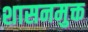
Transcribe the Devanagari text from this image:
शासनमुक्त